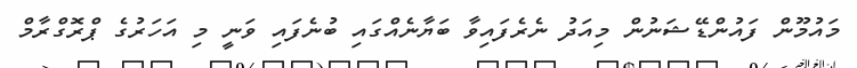
މައުމޫން ފައުންޑޭޝަނުން މިއަދު ނެރެފައިވާ ބަޔާނެއްގައި ބުނެފައި ވަނީ މި އަހަރުގެ ޕްރޮގްރާމް